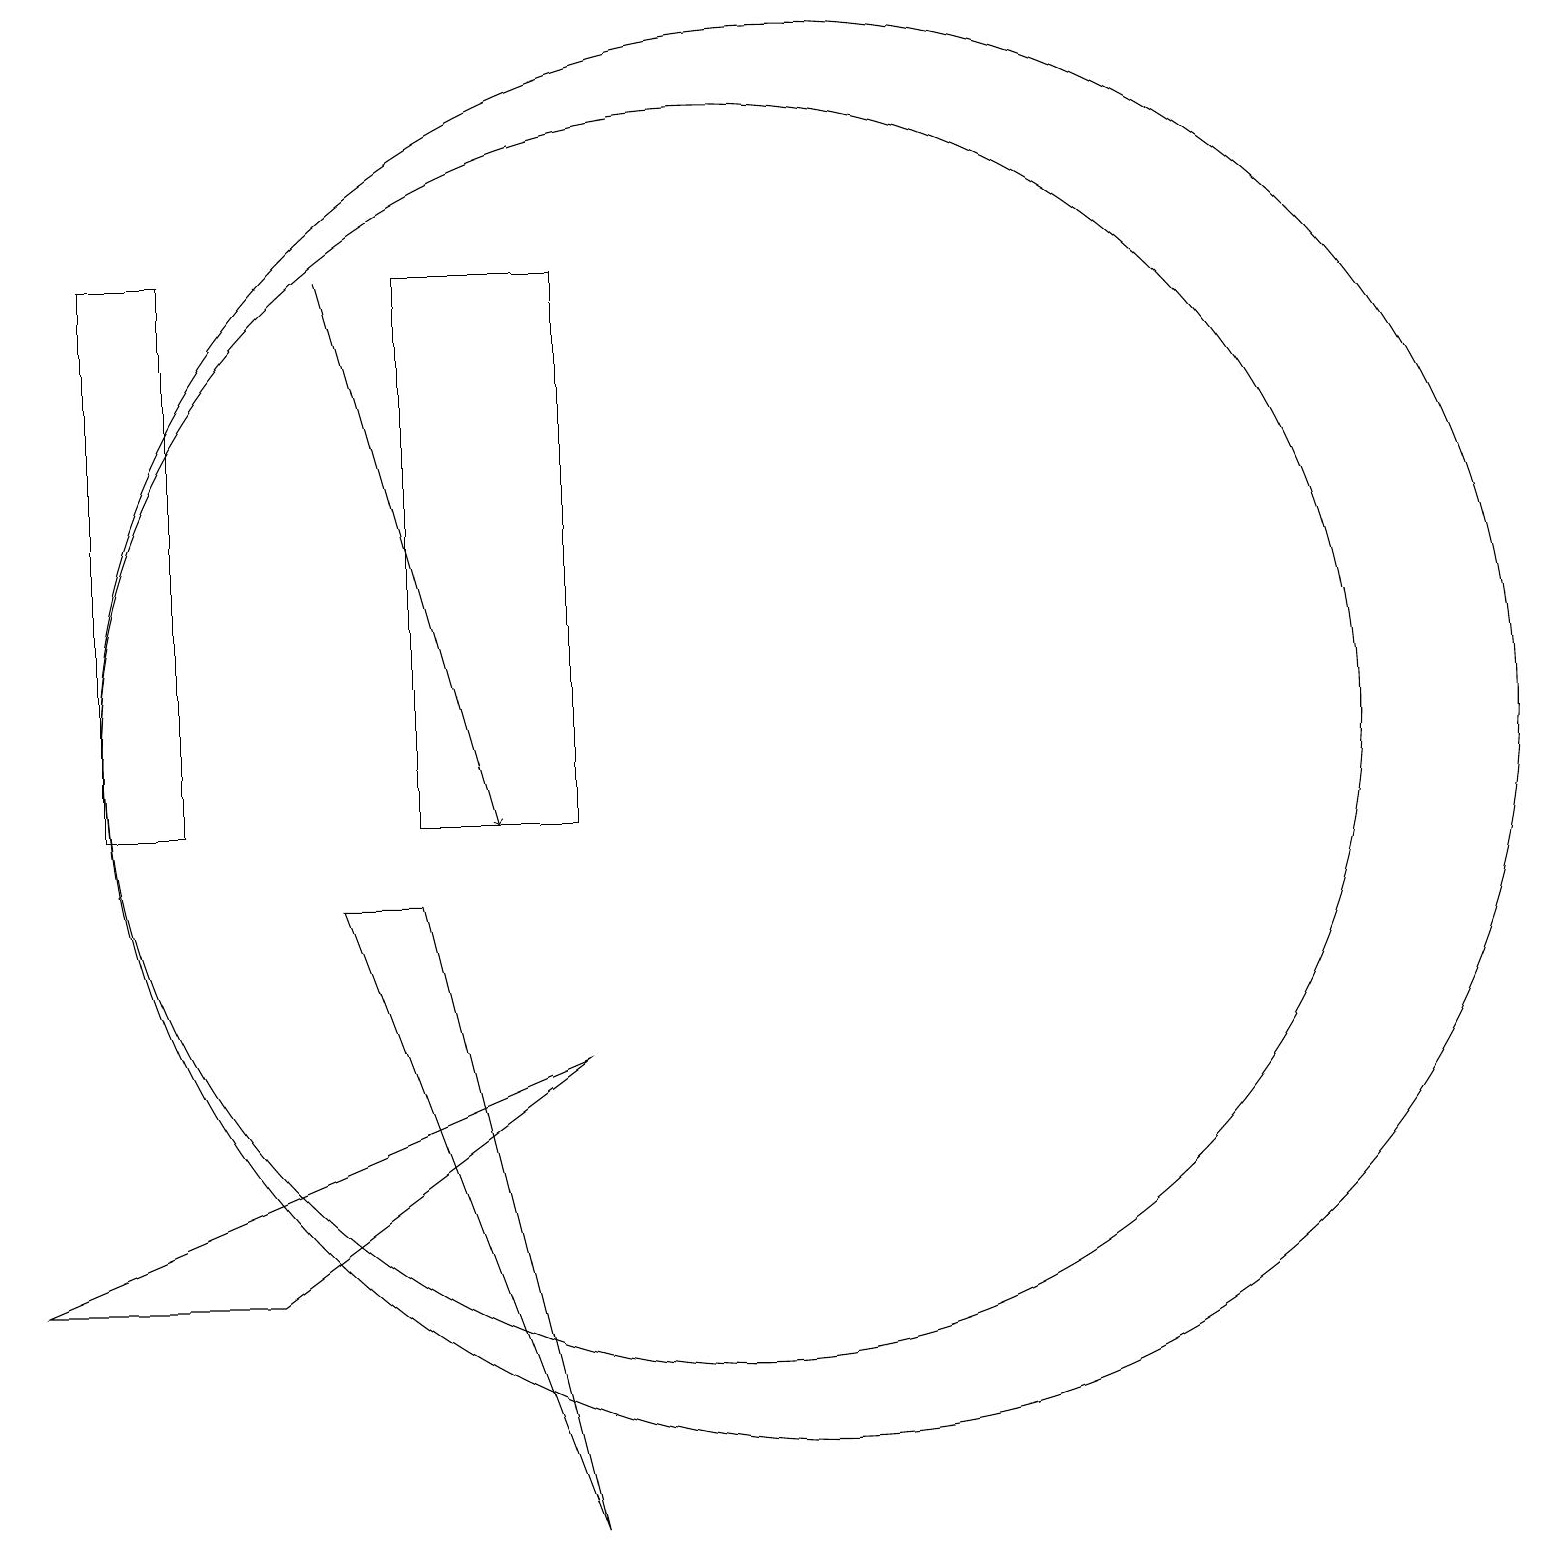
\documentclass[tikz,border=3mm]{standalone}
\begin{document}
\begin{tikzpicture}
\draw (11,11) circle (8);
\draw (12,11) circle (9);
\draw (10,12) circle (0);
\draw[->] (6,17) -- (8,10);
\draw (9,17) rectangle (7,10);
\draw (7,9) -- (6,9) -- (9,1) -- cycle;
\draw (4,17) rectangle (3,10);
\draw (9,7) -- (5,4) -- (2,4) -- cycle;
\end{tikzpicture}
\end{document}